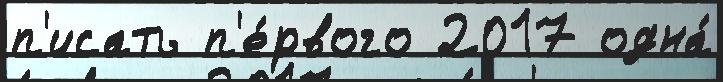
п'исать п'е́рвого 2017 одна́